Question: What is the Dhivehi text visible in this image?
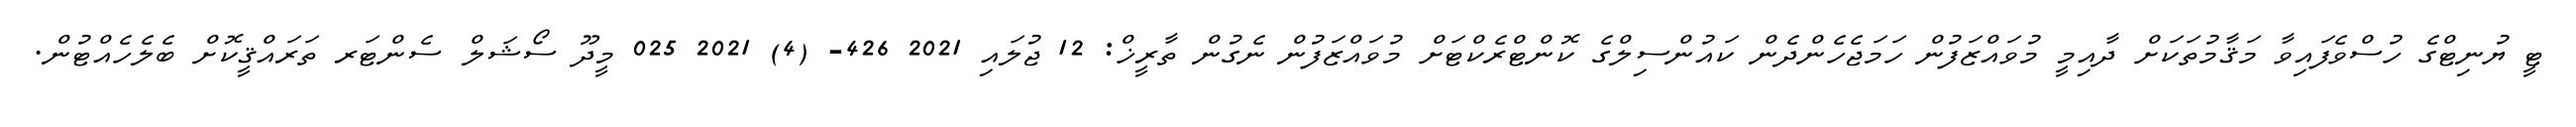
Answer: ޓީ ޔުނިޓްގެ ހުސްވެފައިވާ މަޤާމުތަކަށް ދާއިމީ މުވައްޒަފުން ހަމަޖެހެންދެން ކައުންސިލްގެ ކޮންޓްރެކްޓަށް މުވައްޒަފުން ނެގުން ތާރީޚް: 12 ޖުލައި 2021 426- (4) 2021 025 މީދޫ ސޯޝަލް ސެންޓަރ ތަރައްޤީކޮށް ބެލެހެއްޓުން.